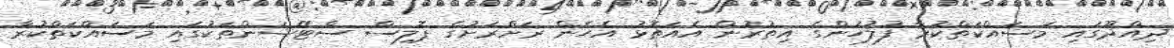
ދިއްދޫގައި މަސައްކަތްކުރާ ފުލުހުންގެ އިތުރުން އެއަތޮޅު އެހެން ރަށްރަށުގެ ޕޮލިސް ސްޓޭޝަންތަކުގައި މަސައްކަތްކުރާ